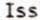
ISS